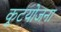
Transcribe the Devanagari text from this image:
कूटयोजना